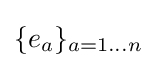
\{e_{a}\}_{a=1\dots n}